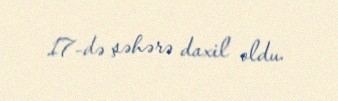
17-də şəhərə daxil oldu.